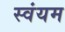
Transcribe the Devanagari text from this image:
स्‍वंयम